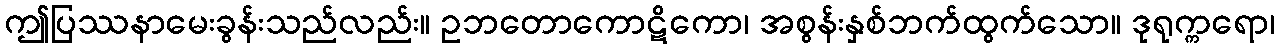
ဤပြဿနာမေးခွန်းသည်လည်း။ ဥဘတောကောဋိကော၊ အစွန်းနှစ်ဘက်ထွက်သော။ ဒုရုက္ကရော၊